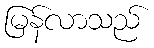
မြန်လာသည်